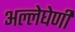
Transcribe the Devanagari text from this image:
अल्लेघेणी